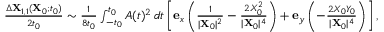
\begin{array} { r } { \frac { \Delta \mathbf { X } _ { 1 , 1 } ( \mathbf { X } _ { 0 } ; t _ { 0 } ) } { 2 t _ { 0 } } \sim \frac { 1 } { 8 t _ { 0 } } \int _ { - t _ { 0 } } ^ { t _ { 0 } } A ( t ) ^ { 2 } \, d t \left[ \mathbf { e } _ { x } \left( \frac { 1 } { \vert \mathbf { X } _ { 0 } \vert ^ { 2 } } - \frac { 2 X _ { 0 } ^ { 2 } } { \vert \mathbf { X } _ { 0 } \vert ^ { 4 } } \right) + \mathbf { e } _ { y } \left( - \frac { 2 X _ { 0 } Y _ { 0 } } { \vert \mathbf { X } _ { 0 } \vert ^ { 4 } } \right) \right] , } \end{array}